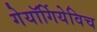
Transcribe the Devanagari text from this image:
गेयॉर्गियेविच